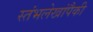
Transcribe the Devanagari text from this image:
स्तंभलेखांपैकी